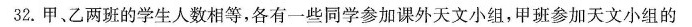
32.甲、乙两班的学生人数相等，各有一些同学参加课外天文小组，甲班参加天文小组的